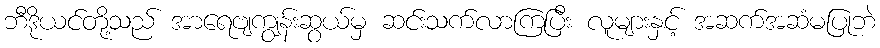
ဘီဒိုယင်တို့သည် အာရေဗျကျွန်းဆွယ်မှ ဆင်းသက်လာကြပြီး လူများနှင့် အဆက်အဆံမပြုဘဲ